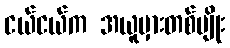
ငယ်ငယ်က အယူမှားတစ်မျိုး